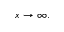
x \rightarrow \infty .